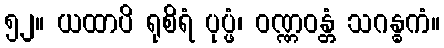
၅၂။ ယထာပိ ရုစိရံ ပုပ္ဖံ၊ ဝဏ္ဏဝန္တံ သဂန္ဓကံ။